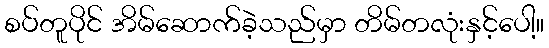
စပ်တူပိုင် အိမ်ဆောက်ခဲ့သည်မှာ တိမ်တလုံးနှင့်ပေါ့။